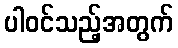
ပါဝင်သည့်အတွက်